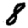
Digit: 8